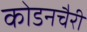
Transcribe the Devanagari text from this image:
कोडनचैरी